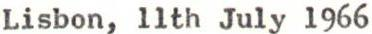
Lisbon, 11th July 1966